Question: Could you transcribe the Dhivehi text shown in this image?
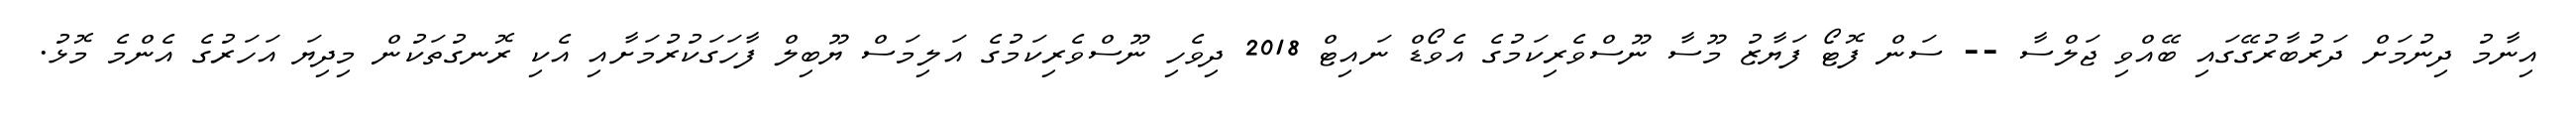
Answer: އިނާމު ދިނުމަށް ދަރުބާރުގޭގައި ބޭއްވި ޖަލްސާ -- ސަން ފޮޓޯ ފަޔާޒު މޫސާ ނޫސްވެރިކަމުގެ އެވޯޑް ނައިޓް 2018 ދިވެހި ނޫސްވެރިކަމުގެ އަލިމަސް ޔޫބިލް ފާހަގަކުރުމަށާއި އެކި ރޮނގުތަކުން މިދިޔަ އަހަރުގެ އެންމެ މޮޅު.